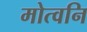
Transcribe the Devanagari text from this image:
मोत्वनि